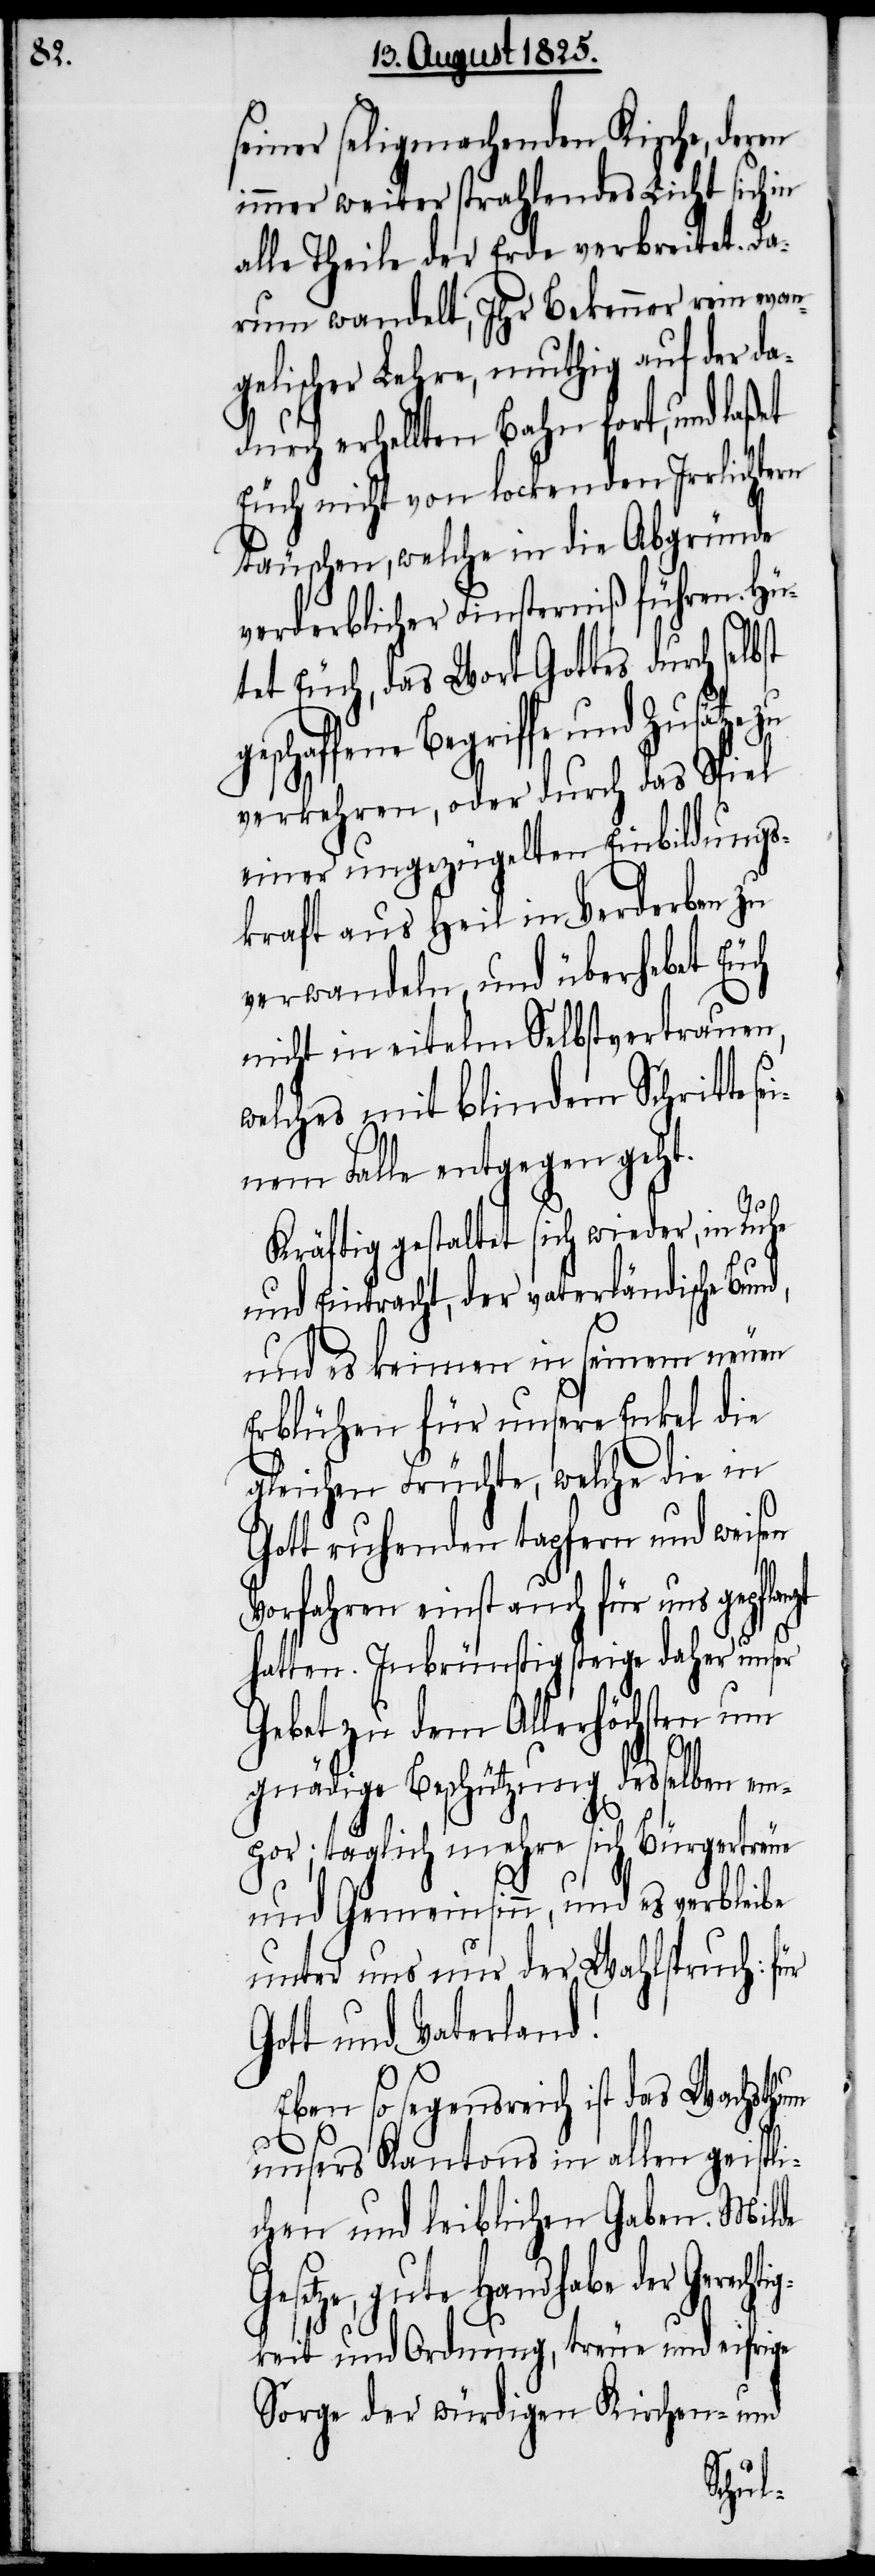
seiner seligmachenden Kirche, deren
immer weiter strahlendes Licht sich in
alle Theile der Erde verbreitet. Da¬
rum wandelt, Ihr Bekenner rein evan¬
gelischer Lehre, muthig auf der da¬
durch erhallten Bahn fort, und laßet
Euch nicht von lockenden Irrlichtern
täuschen, welche in die Abgründe
verderblicher Finsterniß führen. Hü¬
tet euch, das Wort Gottes durch selbst
geschaffene Begriffe und Zusätze zu
verkehren, oder durch das Spiel
einer ungezügelten Einbildungs¬
kraft aus Heil in Verderben zu
verwandeln, und überhebet Euch
nicht in eitelm Selbstvertrauen,
welches mit blindem Schritte se¬
inem Falle entgegen geht.
Kräftig gestaltet sich wieder, in Ruhe
und Eintracht, der vaterländische Bun¬
und es keimen in seinem neuen
Erblühen für unsere Enkel die
gleichen Früchte, welche die in
Gott ruhenden tapfern und weisen
Vorfahren einst auch für uns gepfla¬
hatten. Inbrünstig steige daher unser
Gebet zu dem Allerhöchsten um
tig¬
gnädige Beschützung desselben em¬
por; täglich mehre sich Bürgertreue
und Gemeinsinn, und es verbleibe
unter uns nur der Wahlspruch:
Gott und Vaterland!
Eben so segensreich ist das Wachsthum
unsers Kantons in allen geistli¬
chen und leiblichen Gaben. Milde
Gesetze, gute Handhabe der Gerech¬
keit und Ordnung, treue und eifrige
Sorge der würdigen Kirchen- und